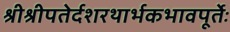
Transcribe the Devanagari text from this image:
श्रीश्रीपतेर्दशरथार्भकभावपूर्तेः